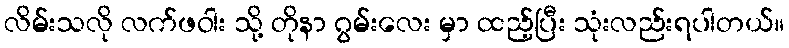
လိမ်းသလို လက်ဖဝါး သို့ တိုနာ ဂွမ်းလေး မှာ ထည့်ပြီး သုံးလည်းရပါတယ်။